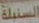
السنبلة